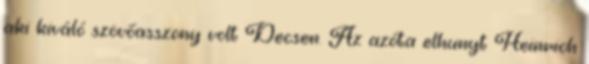
aki kiváló szövőasszony volt Decsen. Az azóta elhunyt Heinrich